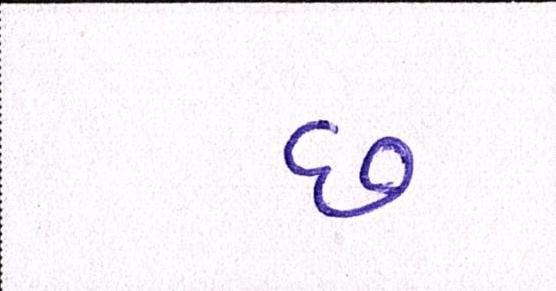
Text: છ